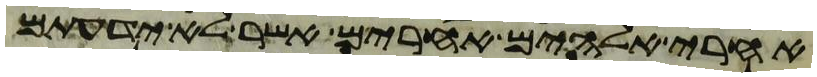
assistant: אחרי אלהים אחרים אשר לא ידעתם